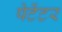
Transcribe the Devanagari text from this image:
पेटेंटर